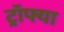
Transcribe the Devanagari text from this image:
ट्रॉफ्या